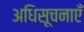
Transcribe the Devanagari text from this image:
अधिसूचनाएँ